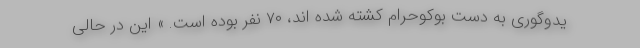
یدوگوری به دست بوکوحرام کشته شده اند، ۷۰ نفر بوده است. » این در حالی